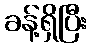
ခန့်ရှိပြီး